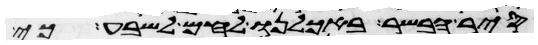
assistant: סיר הבשר באכלנו לחם לשבע כי